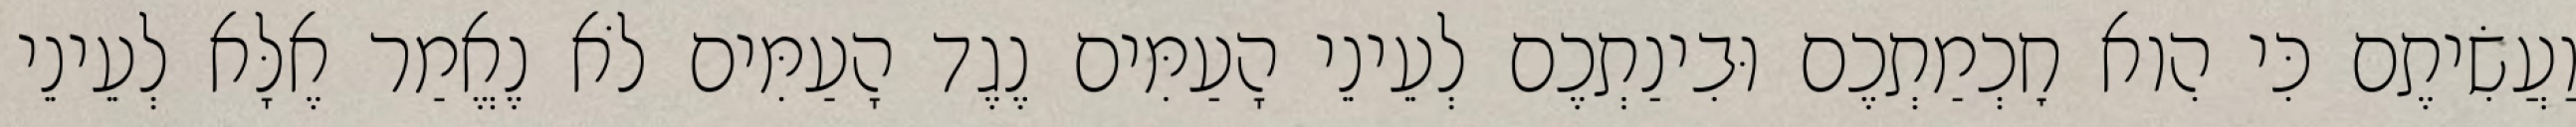
וַעֲשִׂיתֶם כִּי הִוא חׇכְמַתְכֶם וּבִינַתְכֶם לְעֵינֵי הָעַמִּים נֶגֶד הָעַמִּים לֹא נֶאֱמַר אֶלָּא לְעֵינֵי